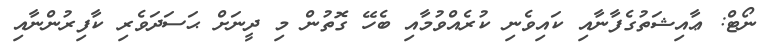
ނޯޓް: ޢާއިޝަތުގެފާނާއި ކައިވެނި ކުރެއްވުމާއި ބެހޭ ގޮތުން މި ދީނަށް ޙަސަދަވެރި ކާފިރުންނާއި